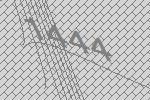
1444